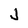
Character: J